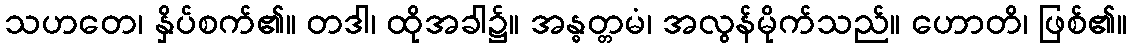
သဟတေ၊ နှိပ်စက်၏။ တဒါ၊ ထိုအခါ၌။ အန္ဓတ္တမံ၊ အလွန်မိုက်သည်။ ဟောတိ၊ ဖြစ်၏။